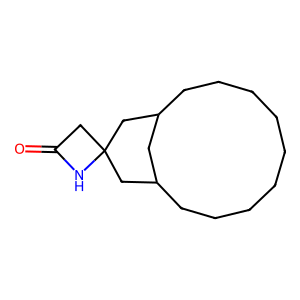
SMILES: O=C1CC2(CC3CCCCCCCCCC(C3)C2)N1
Inhibits HIV replication: No